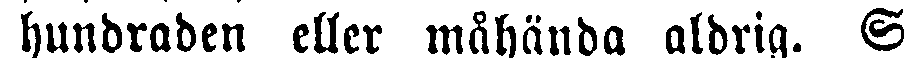
hundraden eller måhända aldrig. S